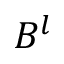
B ^ { l }